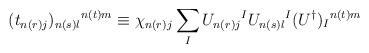
LaTeX: \begin{align*}(t_{n(r) j})_{n(s)l}{}^{n(t) m} \equiv \chi_{n(r) j} \sum_IU_{n(r)j}{}^I U_{n(s)l}{}^I (U^\dagger)_I{}^{n(t) m}\end{align*}